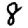
Digit: 8